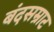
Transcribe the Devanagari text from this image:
बंदसम्राट